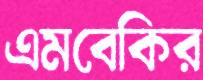
এমবেকির